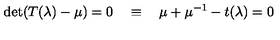
\det ( T ( \lambda ) - \mu ) = 0 \quad \equiv \quad \mu + \mu ^ { - 1 } - t ( \lambda ) = 0